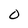
Character: 0